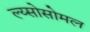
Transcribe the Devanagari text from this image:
ल्य्सोसोमल